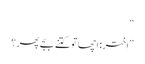
“
”اختر: اچھا تو کتنے بجے پھر؟